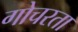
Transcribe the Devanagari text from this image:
गोचरता